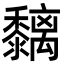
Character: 黐